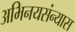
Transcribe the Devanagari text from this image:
अभिनयसंन्यास